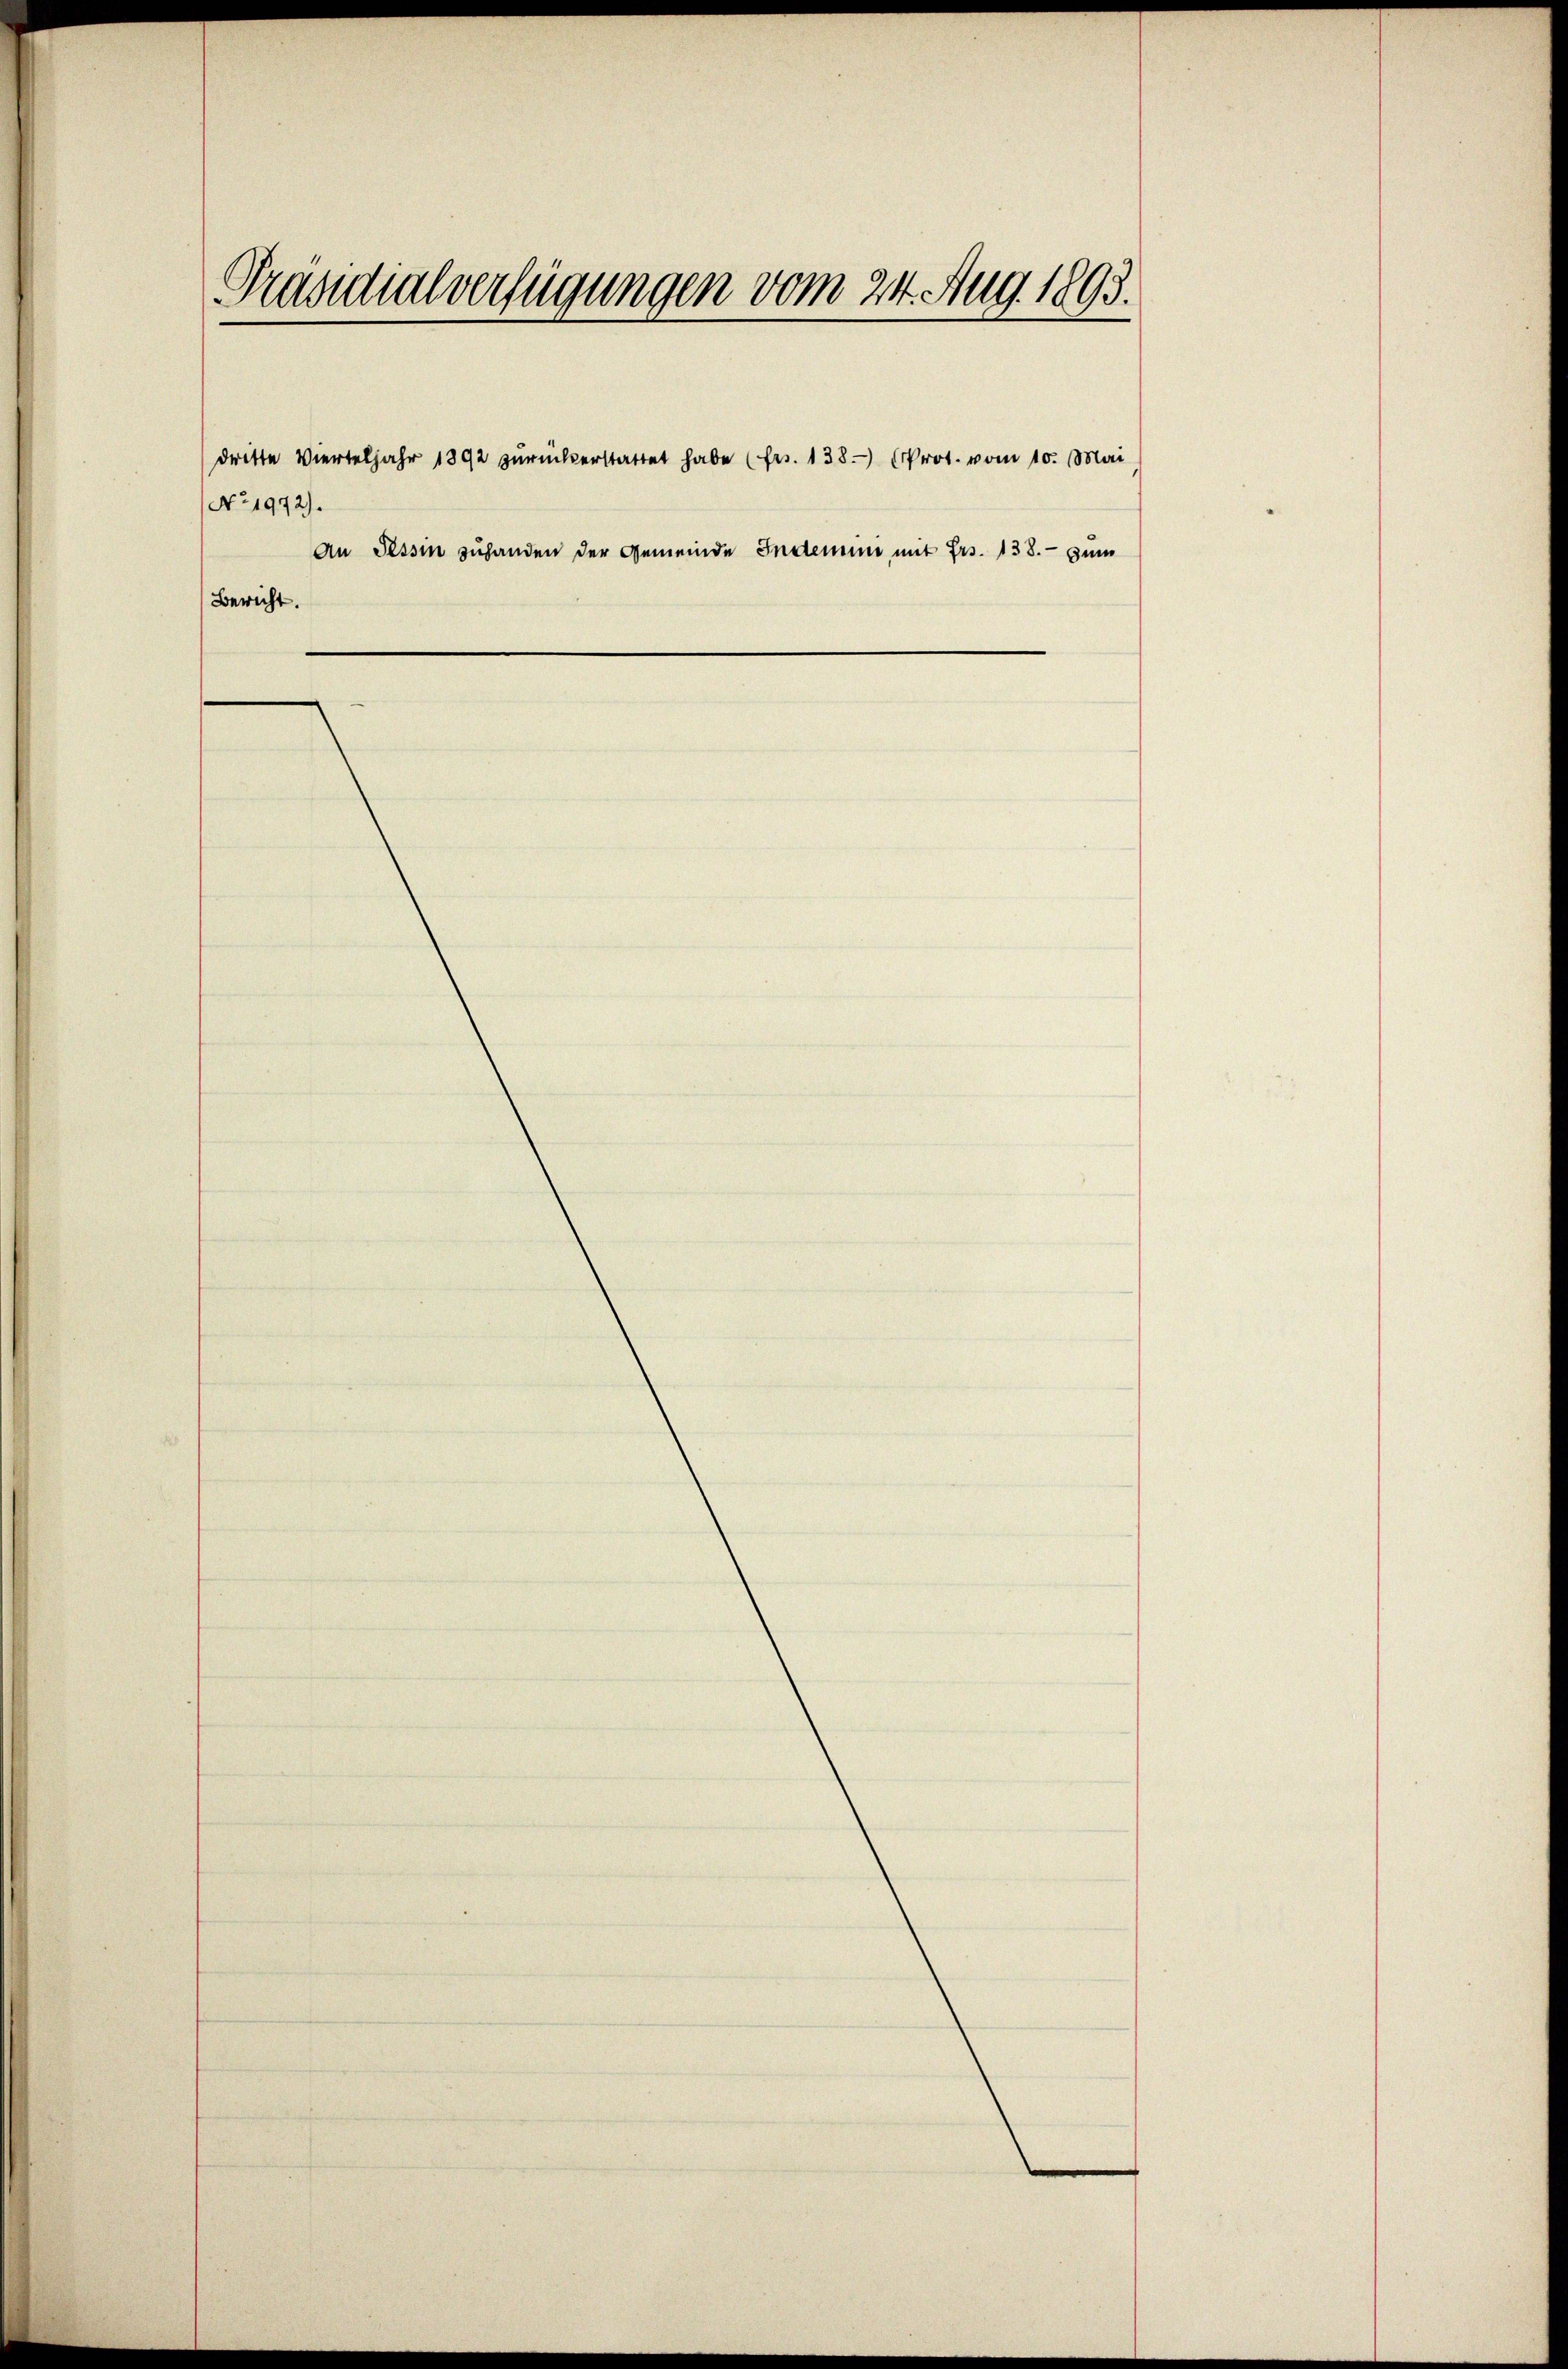
Präsidialverfügungen vom 24. Aug. 1893.

No. 1972).
An Tessin zuhanden der Gemeinde Indemini mit Frs. 138. - zum
Bericht.

dritte Vierteljahr 1892 zŭrückerstattet habe (Fr. 138. Prot. vom 10. Mai